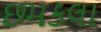
છમકલા